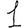
Digit: 1